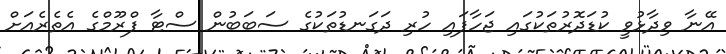
އޭނާ ވިދާޅުވީ ކުޑަދޮރުތަަކުގައި ޖަހާފައި ހުރި ދަގަނޑުތަކުގެ ސަބަބުން ސްޓާ ފްރޫމްގެ އެތެރެއަށް